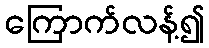
ကြောက်လန့်၍